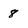
Character: 8